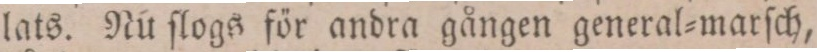
lats. Nu ſlogs för andra gången general=marſch,